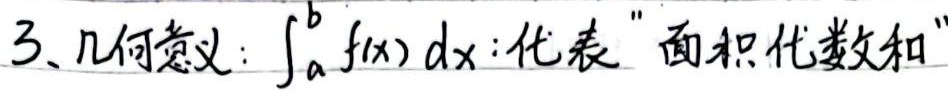
3、几何意义：\(\int_{a}^{b} f(x)\mathrm{d}x\)代表“面积代数和”